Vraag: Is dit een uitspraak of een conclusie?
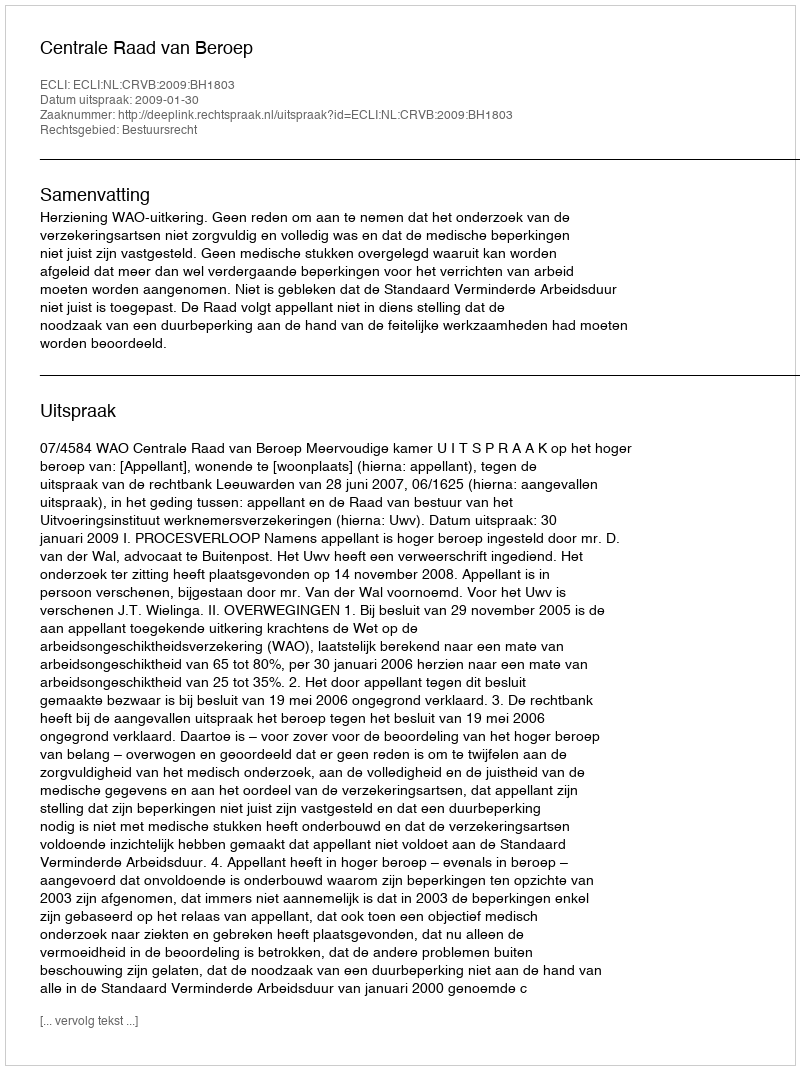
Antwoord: Uitspraak